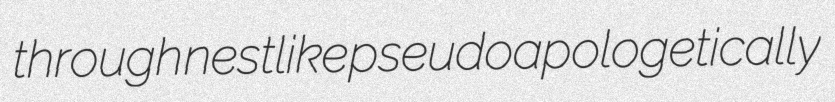
through nestlike pseudoapologetically